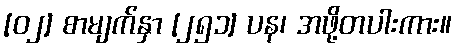
[၀၂] စာမျက်နှာ [၂၅၁] ပန၊ အဖို့တပါးကား။